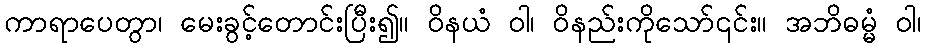
ကာရာပေတွာ၊ မေးခွင့်တောင်းပြီး၍။ ဝိနယံ ဝါ၊ ဝိနည်းကိုသော်၎င်း။ အဘိဓမ္မံ ဝါ၊